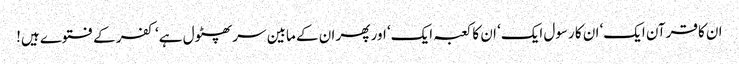
ان کا قرآن ایک‘ ان کا رسول ایک‘ ان کا کعبہ ایک‘ اور پھر ان کے مابین سر پھٹول ہے‘ کفر کے فتوے ہیں!